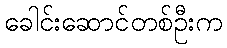
ခေါင်းဆောင်တစ်ဦးက